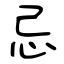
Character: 忌